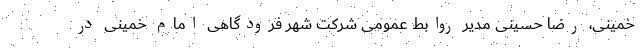
خمینی، رضا حسینی مدیر روابط عمومی شرکت شهر فرودگاهی امام خمینی در